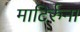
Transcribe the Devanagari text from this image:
माटिर्रुना